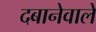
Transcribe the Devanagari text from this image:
दबानेवाले